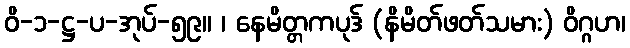
ဝိ-၁-ဋ္ဌ-ပ-အုပ်-၅၉။ ၊ နေမိတ္တကပုဒ် (နိမိတ်ဖတ်သမား) ဝိဂ္ဂဟ၊